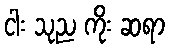
ငါး သုည ကိုး ဆရာ